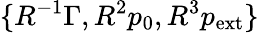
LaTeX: \{ R^{-1}\Gamma,R^{2}p_{0},R^{3}p_{\mathrm{ext}}\}